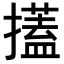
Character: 𢷞